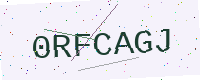
Text: 0RFCAGJ